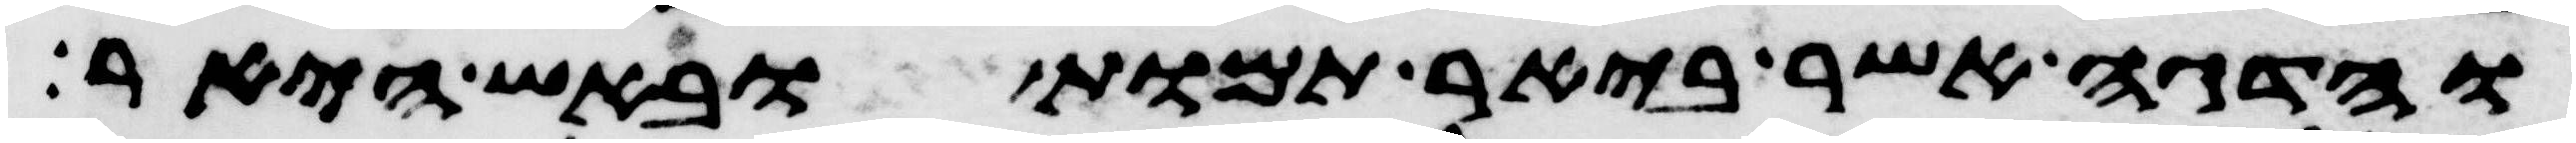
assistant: והדגה אשר ביאר תמות ובאש היאר